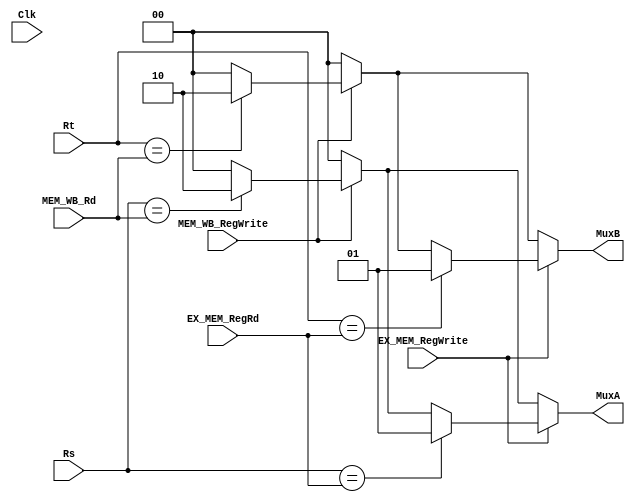
`timescale 1ns / 1ps
//////////////////////////////////////////////////////////////////////////////////
// Company: 
// Engineer: 
// 
// Design Name: 
// Module Name: forward
// Project Name: 
// Target Devices: 
// Tool Versions: 
// Description: 
// 
// Dependencies: 
// 
// Revision:
// Revision 0.01 - File Created
// Additional Comments:
// 
//////////////////////////////////////////////////////////////////////////////////


module forward(Clk, Rs, Rt, EX_MEM_RegWrite, EX_MEM_RegRd, MEM_WB_RegWrite, MEM_WB_Rd, MuxA, MuxB);
    input [4:0] Rs, Rt, EX_MEM_RegRd, MEM_WB_Rd;
    input EX_MEM_RegWrite, Clk, MEM_WB_RegWrite;
    output reg [1:0] MuxA, MuxB;
    
    always @(*) begin
        MuxA = 0;
        MuxB = 0;
         if(MEM_WB_RegWrite == 1) begin
           if(Rs == MEM_WB_Rd) begin
             MuxA = 2;
           end
           if(Rt == MEM_WB_Rd) begin
             MuxB = 2;        
           end
       end
        if(EX_MEM_RegWrite == 1) begin
            if(Rs == EX_MEM_RegRd) begin
              MuxA = 1;
            end
            if (Rt == EX_MEM_RegRd) begin
             MuxB = 1;
            end
        end
       
    end


endmodule